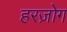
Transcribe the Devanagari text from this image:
हरज़ोग